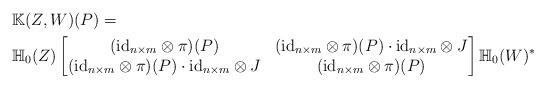
LaTeX: \begin{align*}& {\mathbb K}(Z,W)(P) = \\& {\mathbb H}_0(Z) \begin{bmatrix} ({\rm id}_{n \times m} \otimes \pi)(P) & ({\rm id}_{n \times m} \otimes \pi)(P) \cdot {\rm id}_{n \times m} \otimes J \\({\rm id}_{n \times m} \otimes \pi)(P) \cdot {\rm id}_{n \times m} \otimes J & ({\rm id}_{n \times m} \otimes \pi)(P) \end{bmatrix} {\mathbb H}_0(W)^*\end{align*}